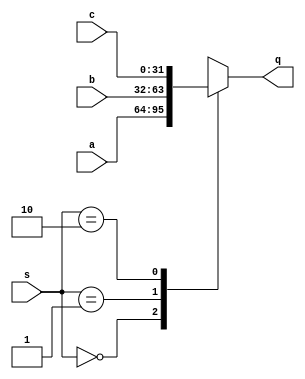
module mux_3x1(
input[31:0] a,b,c,
input [1:0]s,
output reg [31:0]q );

always@(*)
begin
	case(s)
	2'b00: q = a;
	2'b01: q = b;
	2'b10: q = c;
	default: q = 32'bxxxxxxxxxxxxxxxxxxxxxxxxxxxxxxxx;
	endcase
end

endmodule